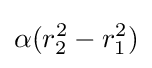
\alpha (r_{2}^{2}-r_{1}^{2})